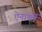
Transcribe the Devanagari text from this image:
ऐनार्की